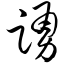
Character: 踊